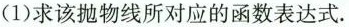
(1)求该抛物线所对应的函数表达式.